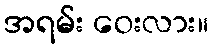
အရမ်း ဝေးလား။